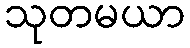
သုတမယာ